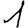
Digit: 1